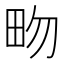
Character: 𤰿